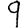
Digit: 9